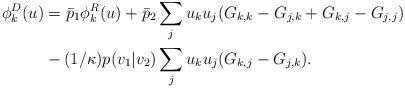
LaTeX: \begin{align*}\phi_k^D(u) &= \bar p_1 \phi_k^R(u) + \bar p_2 \sum_{j} u_k u_j (G_{k,k} -G_{j,k}+ G_{k,j} -G_{j,j}) \\& -(1/\kappa) p(v_1|v_2) \sum_{j} u_k u_j ( G_{k,j} - G_{j,k}).\end{align*}